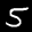
Label: 5